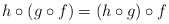
\begin{align*} h \circ( g \circ f) = (h \circ g) \circ f \end{align*}